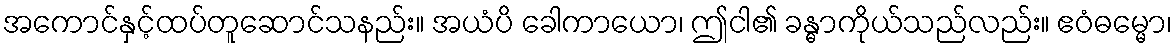
အကောင်နှင့်ထပ်တူဆောင်သနည်း။ အယံပိ ခေါကာယော၊ ဤငါ၏ ခန္ဓာကိုယ်သည်လည်း။ ဧဝံဓမ္မော၊